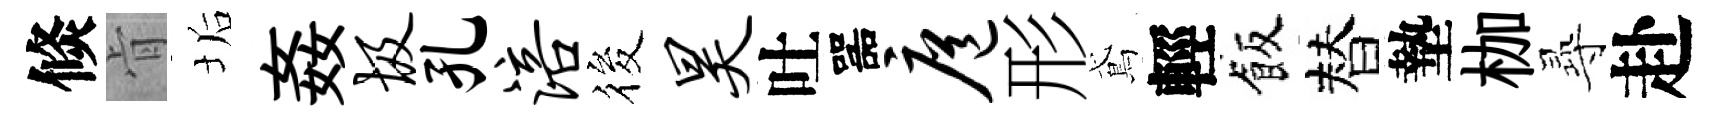
倐肻垢姦圾孔涪筱昊吐噐扈形鳶輕飯替墊枷𡬶赴